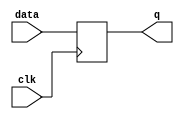
module register(
    input wire data,
    input wire clk,
    output reg q
);

always @(posedge clk)
begin
    q <= data;
end

endmodule